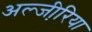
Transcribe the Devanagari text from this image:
अल्जी़रिया